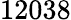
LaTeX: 12038